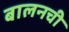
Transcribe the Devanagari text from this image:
बालनची